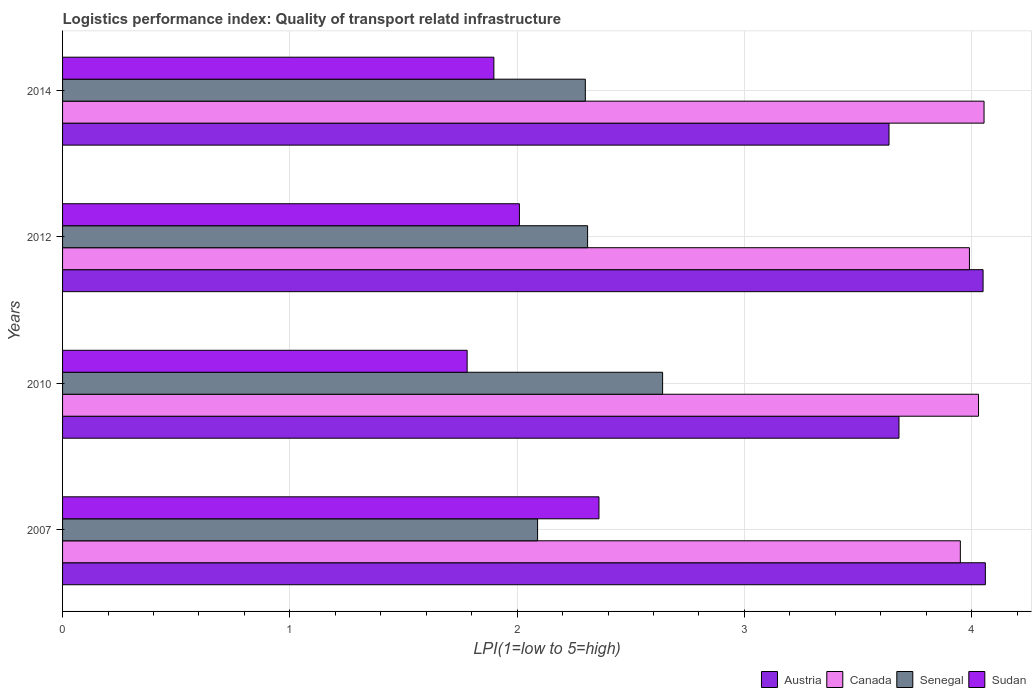
| Years | Austria | Canada | Senegal | Sudan |
 | --- | --- | --- | --- | --- |
 | 2007 | 4.06 | 3.95 | 2.09 | 2.36 |
 | 2010 | 3.68 | 4.03 | 2.64 | 1.78 |
 | 2012 | 4.05 | 3.99 | 2.31 | 2.01 |
 | 2014 | 3.64 | 4.05 | 2.3 | 1.9 |